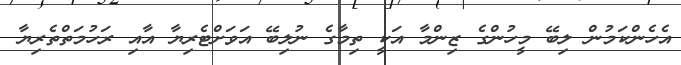
އެހެންކަމުން ލިބޭ މީހުންގެ ޒިންމާ އަކީ ތިމާގެ ނުލިބޭ އަވަށްޓެރިޔާ އާއި ރަހުމަތްތެރިޔާ